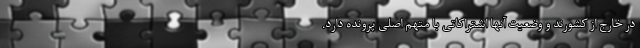
در خارج از کشورند و وضعیت آنها اشتراکاتی با متهم اصلی پرونده دارد.